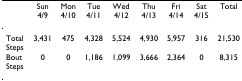
<table><thead><tr><td></td><td><b>Sun 4/9</b></td><td><b>Mon 4/10</b></td><td><b>Tue 4/11</b></td><td><b>Wed 4/12</b></td><td><b>Thu 4/13</b></td><td><b>Fri 4/14</b></td><td><b>Sat 4/15</b></td><td><b>Total</b></td></tr></thead><tbody><tr><td>Total Steps</td><td>3,431</td><td>475</td><td>4,328</td><td>5,524</td><td>4,930</td><td>5,957</td><td>316</td><td>21,530</td></tr><tr><td>Bout Steps</td><td>0</td><td>0</td><td>1,186</td><td>1,099</td><td>3,666</td><td>2,364</td><td>0</td><td>8,315</td></tr></tbody></table>